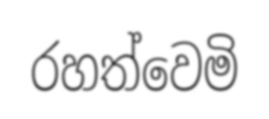
රහත්වෙමි